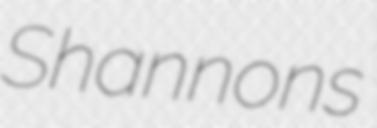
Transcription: Shannons